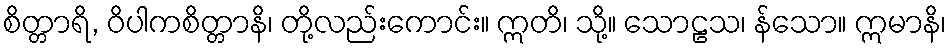
စိတ္တာရိ, ဝိပါကစိတ္တာနိ၊ တို့လည်းကောင်း။ ဣတိ၊ သို့။ သောဠသ၊ န်သော။ ဣမာနိ၊